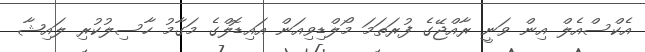
އެކްސްއެލް އިން ވަނީ ރާއްޖޭގެ ފުރަތަމަ މޯލްޑިވިއަން އައިޑޮލްގެ މަގާމު ހާސިލުކުރި ލައިޝާ